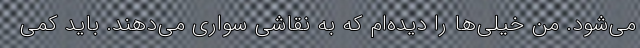
می‌شود. من خیلی‌ها را دیده‌ام که به نقاشی سواری می‌دهند. باید کمی